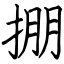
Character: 掤